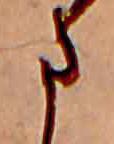
ま